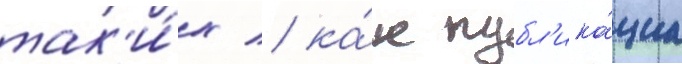
так'и́х / ка́к публ'ика́циа